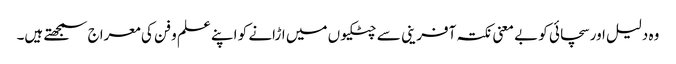
وہ دلیل اور سچائی کو بے معنی نکتہ آفرینی سے چٹکیوں میں اڑانے کو اپنے علم و فن کی معراج سمجھتے ہیں۔